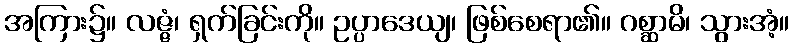
အကြား၌။ လဇ္ဇံ၊ ရှက်ခြင်းကို။ ဥပ္ပာဒေယျ၊ ဖြစ်စေရာ၏။ ဂစ္ဆာမိ၊ သွားအံ့။